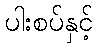
ပါးစပ်နှင့်